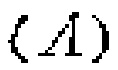
$(A)$